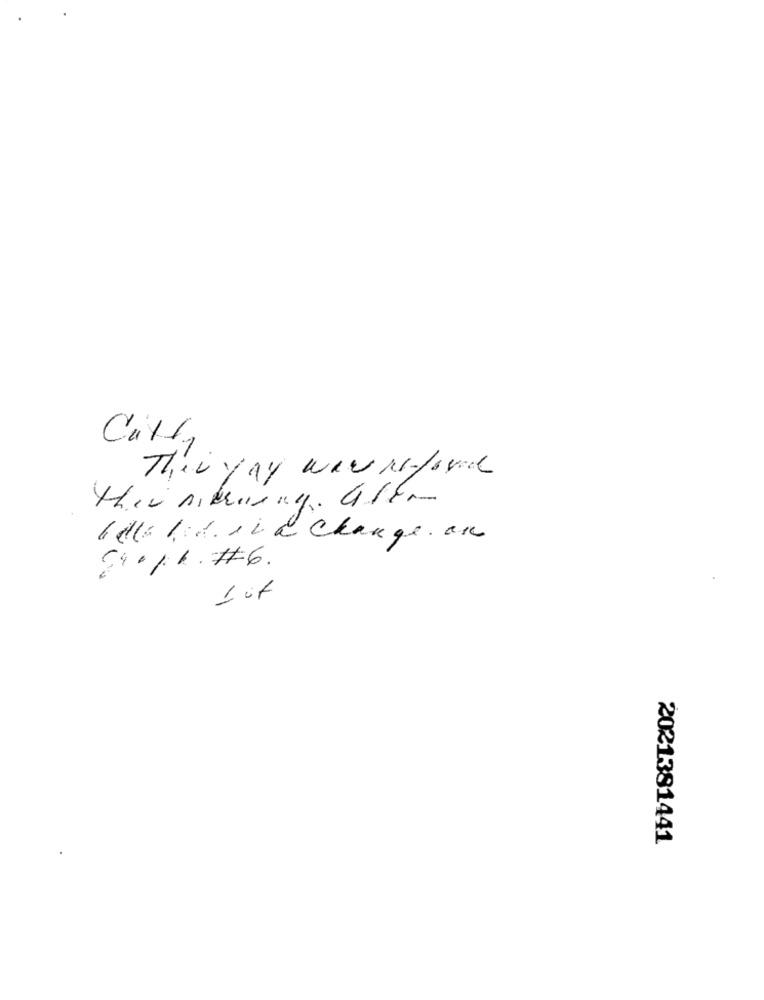
YAY WANNE/1L
Thevy
this situing. aftr
Hello lid in a Change. an
89.11. #6.
2021381441